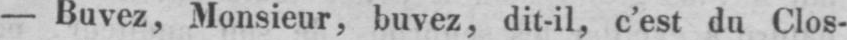
- Buvez, Monsieur, buvez, dit-il, c’est du Clos-